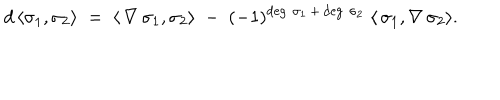
d \, \langle \sigma _ { 1 } , \sigma _ { 2 } \rangle \; = \; \langle \, \nabla \, \sigma _ { 1 } , \sigma _ { 2 } \rangle \; - \; ( - 1 ) ^ { \deg \, \sigma _ { 1 } \, + \, \deg \, \sigma _ { 2 } } \; \langle \, \sigma _ { 1 } , \nabla \, \sigma _ { 2 } \rangle .